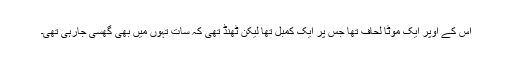
اس کے اوپر ایک موٹا لحاف تھا جس پر ایک کمبل تھا لیکن ٹھنڈ تھی کہ سات تہوں میں بھی گھسی جارہی تھی۔